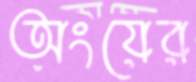
অংয়ের